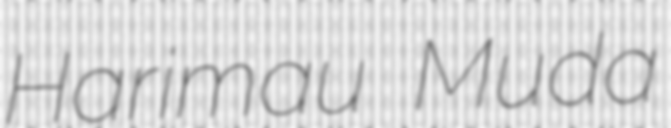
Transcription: Harimau Muda